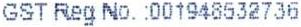
GST REG NO. :001948532736